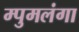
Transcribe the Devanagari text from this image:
म्पुमलंगा